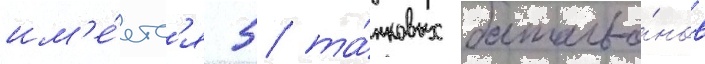
им'е́етс'я 5 та́нковых батальо́нов